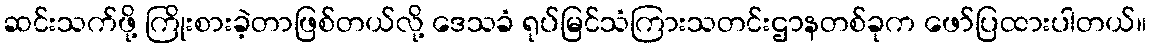
ဆင်းသက်ဖို့ ကြိုးစားခဲ့တာဖြစ်တယ်လို့ ဒေသခံ ရုပ်မြင်သံကြားသတင်းဌာနတစ်ခုက ဖော်ပြထားပါတယ်။